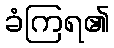
ခံကြရ၏